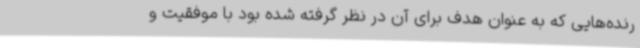
رنده‌هایی که به عنوان هدف برای آن در نظر گرفته شده بود با موفقیت و